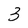
Character: 3